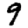
Digit: 9